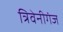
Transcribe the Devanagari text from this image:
त्रिवेनीगंज